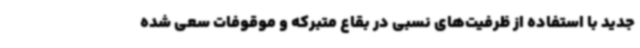
جدید با استفاده از ظرفیت‌های نسبی در بقاع متبرکه و موقوفات سعی شده